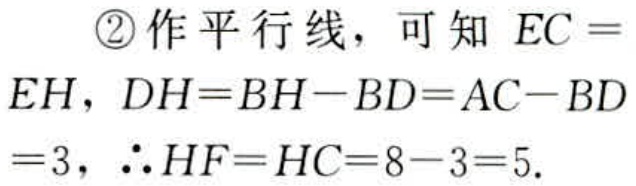
\textcircled{2}作平行线，可知 \(EC = EH\)，\(DH = BH - BD=AC - BD = 3\)，\(\therefore HF = HC = 8 - 3 = 5\).